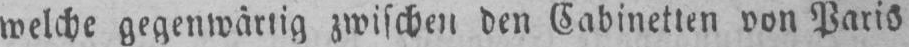
zwischen den Cabinetten von Paris